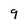
Character: 9